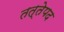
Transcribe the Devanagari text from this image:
तत्तेपद